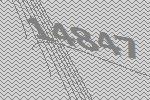
14847